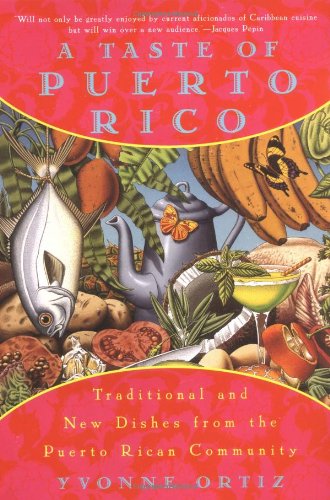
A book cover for A Taste of Puerto Rico: Traditional and New Dishes from the Puerto Rican Community; Yvonne Ortiz; Cookbooks, Food & Wine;